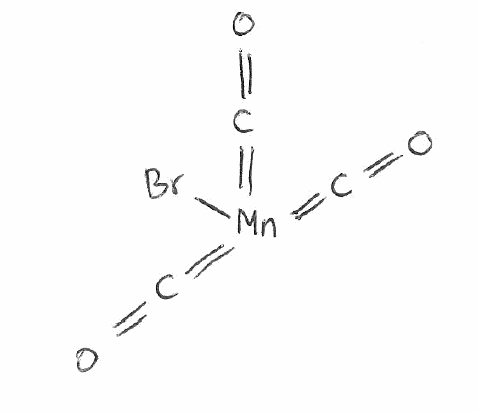
Simplified molecular-input line-entry system (SMILES) notation of the given molecule:
C(=O)=[Mn](=C=O)(=C=O)Br